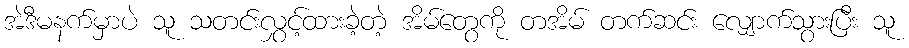
အဲဒီမနက်မှာပဲ သူ သတင်းလွှင့်ထားခဲ့တဲ့ အိမ်တွေကို တအိမ် တက်ဆင်း လျှောက်သွားပြီး သူ